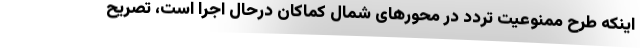
اینکه طرح ممنوعیت تردد در محورهای شمال کماکان درحال اجرا است، تصریح